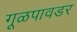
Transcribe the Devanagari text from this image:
गूळपावडर